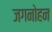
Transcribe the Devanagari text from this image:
जगनोहन